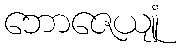
ဘောဇေယျုံ